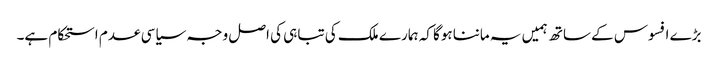
بڑے افسوس کے ساتھ ہمیں یہ ماننا ہوگا کہ ہمارے ملک کی تباہی کی اصل وجہ سیاسی عدم استحکام ہے۔